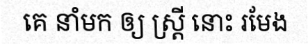
គេ នាំមក ឲ្យ ស្ត្រី នោះ រមែង